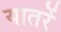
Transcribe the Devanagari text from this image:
यातरें